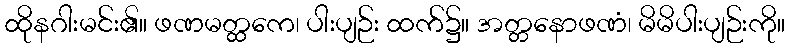
ထိုနဂါးမင်း၏။ ဖဏမတ္ထကေ၊ ပါးပျဉ်း ထက်၌။ အတ္တနောဖဏံ၊ မိမိပါးပျဉ်းကို။